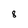
Character: 8